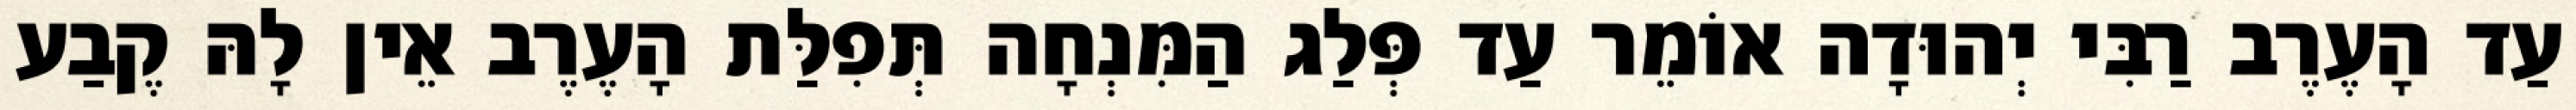
עַד הָעֶרֶב רַבִּי יְהוּדָה אוֹמֵר עַד פְּלַג הַמִּנְחָה תְּפִלַּת הָעֶרֶב אֵין לָהּ קֶבַע